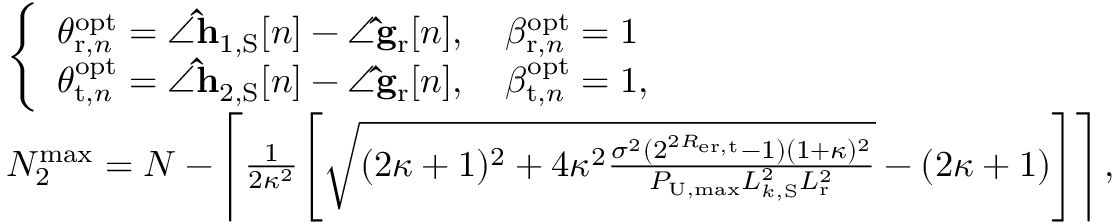
\begin{array} { r l } & { \left\{ \begin{array} { l l } { \theta _ { \mathrm { r } , n } ^ { \mathrm { o p t } } = \angle \mathbf { \hat { h } } _ { 1 , \mathrm { S } } [ n ] - \angle \mathbf { \hat { g } } _ { \mathrm { r } } [ n ] , \quad \beta _ { \mathrm { r } , n } ^ { \mathrm { o p t } } = 1 } \\ { \theta _ { \mathrm { t } , n } ^ { \mathrm { o p t } } = \angle \mathbf { \hat { h } } _ { 2 , \mathrm { S } } [ n ] - \angle \mathbf { \hat { g } } _ { \mathrm { r } } [ n ] , \quad \beta _ { \mathrm { t } , n } ^ { \mathrm { o p t } } = 1 , } \end{array} \right. } \\ & { N _ { 2 } ^ { \mathrm { m a x } } = N - \left\lceil \frac { 1 } { 2 \kappa ^ { 2 } } \Bigg [ \sqrt { ( 2 \kappa + 1 ) ^ { 2 } + 4 \kappa ^ { 2 } \frac { \sigma ^ { 2 } ( 2 ^ { 2 R _ { \mathrm { e r } , \mathrm { t } } } - 1 ) ( 1 + \kappa ) ^ { 2 } } { P _ { \mathrm { U } , \mathrm { m a x } } L _ { k , \mathrm { S } } ^ { 2 } L _ { \mathrm { r } } ^ { 2 } } } - ( 2 \kappa + 1 ) \Bigg ] \right\rceil , } \end{array}